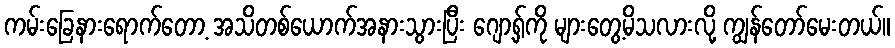
ကမ်းခြေနားရောက်တော့ အသိတစ်ယောက်အနားသွားပြီး ဂျော့ရှ်ကို များတွေ့မိသလားလို့ ကျွန်တော်မေးတယ်။